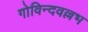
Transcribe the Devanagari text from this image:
गोविन्दवल्लभ